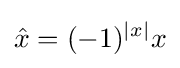
{\hat {x}}=(-1)^{|x|}x